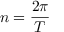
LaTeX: n = { \frac { 2 \pi } { T } }